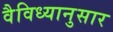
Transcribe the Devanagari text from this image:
वैविध्यानुसार